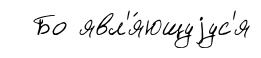
Бо явл'я́ющуjус'я